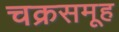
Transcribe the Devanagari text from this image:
चक्रसमूह